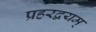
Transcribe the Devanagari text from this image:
प्रहरद्वयम्